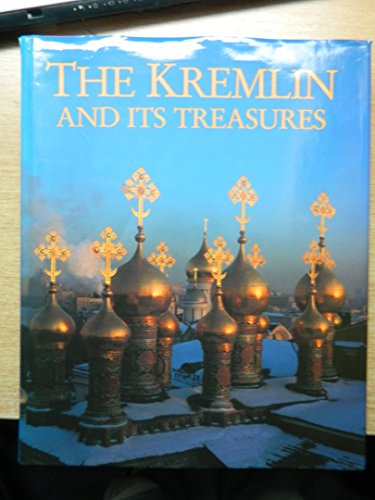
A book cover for Kremlin & Its Treasures; Rizzoli; Travel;